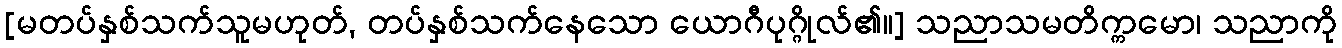
[မတပ်နှစ်သက်သူမဟုတ်, တပ်နှစ်သက်နေသော ယောဂီပုဂ္ဂိုလ်၏။] သညာသမတိက္ကမော၊ သညာကို